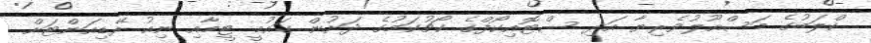
ކްލަބުގެ މަސްއޫލުވެރިޔާ އަދި ސްޓޮއިކޯފްގެ ކޯޗުކަމުގެ ދަށުން ގައުމީ ޓީމާއި ނިއު ރޭޑިއަންޓަށް